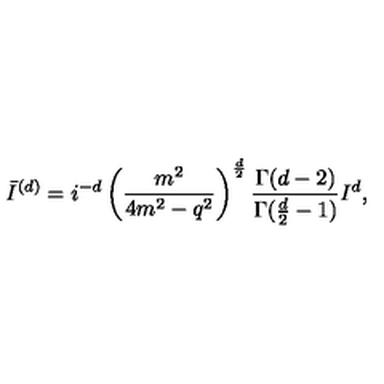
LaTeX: \bar { I } ^ { ( d ) } = i ^ { - d } \left( \frac { m ^ { 2 } } { 4 m ^ { 2 } - q ^ { 2 } } \right) ^ { \frac { d } { 2 } } \frac { \Gamma ( d - 2 ) } { \Gamma ( \frac { d } { 2 } - 1 ) } I ^ { d } ,